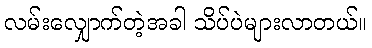
လမ်းလျှောက်တဲ့အခါ သိပ်ပဲများလာတယ်။